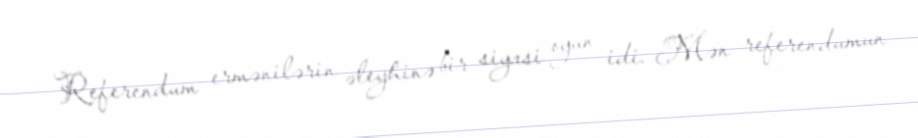
Referendum ermənilərin əleyhinə bir siyasi oyun idi. Mən referendumun